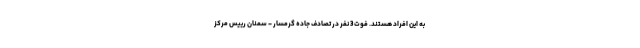
به این افراد هستند. فوت 3 نفر در تصادف جاده گرمسار - سمنان رییس مرکز